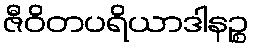
ဇီဝိတပရိယာဒါနဉ္စ